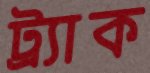
ট্র্যাক